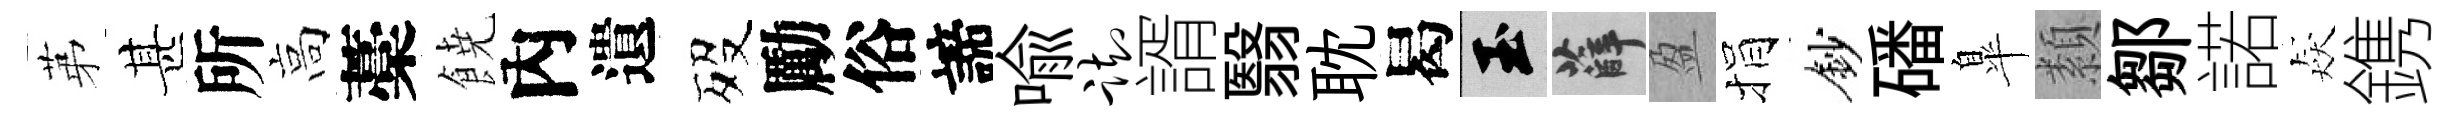
苐甚所高藁𩜙內遺歿勵俗諦喩踟諝翳耽曷玉薛盈捐鈔磻臯纇鄒諾猋鎸